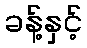
ခန့်နှင့်